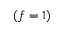
( f = 1 )